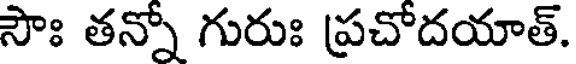
సౌః తన్నో గురుః ప్రచోదయాత్.